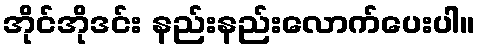
အိုင်အိုဒင်း နည်းနည်းလောက်ပေးပါ။